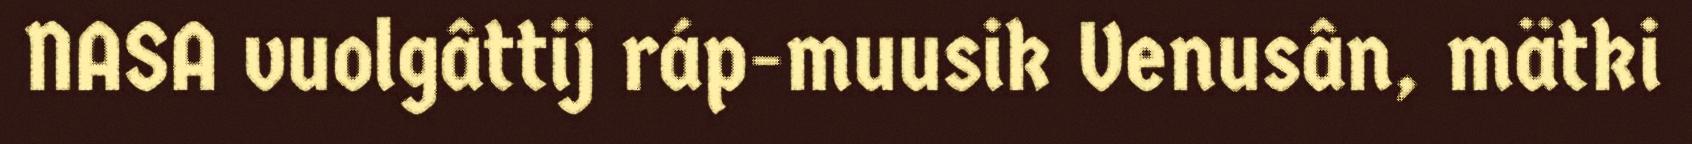
NASA vuolgâttij ráp-muusik Venusân, mätki